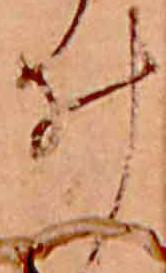
ゐ